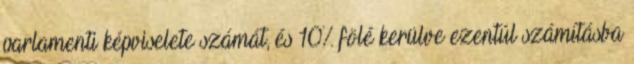
parlamenti képviselete számát, és 10% fölé kerülve ezentúl számításba